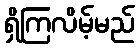
ရှိကြလိမ့်မည်